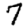
Digit: 7